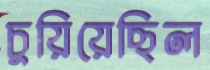
চুয়িয়েছিল